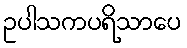
ဥပါသကပရိသာပေ